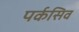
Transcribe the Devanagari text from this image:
पर्कसिव